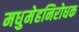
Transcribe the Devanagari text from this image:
मधुमेहनिरोधक